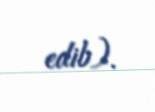
edib).